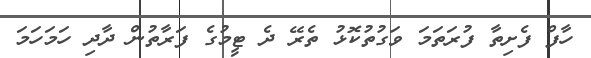
ހާފް ފެށިތާ ފުރަތަމަ ވަގުތުކޮޅު ތެރޭ ދެ ޓީމުގެ ފަރާތުން ދާދި ހަމަހަމަ